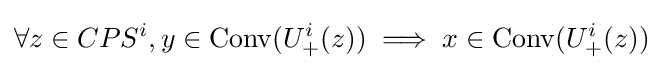
\forall z\in CPS^{i},y\in \mathrm {Conv} (U_{+}^{i}(z))\implies x\in \mathrm {Conv} (U_{+}^{i}(z))